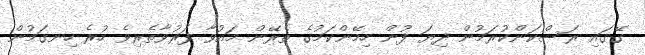
ގޭގައި ރަސްކަންކުރަމުން ދިޔަ ފުން ހިމޭންކަމުގެ ތެރޭން މައުވާ ފަރުވާތެރިވެ ހުރެ ހިނގަމުން